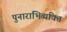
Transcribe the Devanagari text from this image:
पुनाराभिव्यक्ति